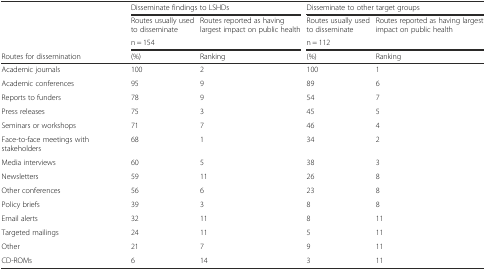
|  | <COLSPAN=2> Disseminate findings to LSHDs | <COLSPAN=2> Disseminate to other target groups |
 |  | Routes usually used to disseminate | Routes reported as having largest impact on public health | Routes usually used to disseminate | Routes reported as having largest impact on public health |
 |  | <COLSPAN=2> n = 154 | <COLSPAN=2> n = 112 |
 | Routes for dissemination | (%) | Ranking | (%) | Ranking |
 | --- | --- | --- | --- | --- |
 | Academic journals | 100 | 2 | 100 | 1 |
 | Academic conferences | 95 | 9 | 89 | 6 |
 | Reports to funders | 78 | 9 | 54 | 7 |
 | Press releases | 75 | 3 | 45 | 5 |
 | Seminars or workshops | 71 | 7 | 46 | 4 |
 | Face-to-face meetings with stakeholders | 68 | 1 | 34 | 2 |
 | Media interviews | 60 | 5 | 38 | 3 |
 | Newsletters | 59 | 11 | 26 | 8 |
 | Other conferences | 56 | 6 | 23 | 8 |
 | Policy briefs | 39 | 3 | 8 | 8 |
 | Email alerts | 32 | 11 | 8 | 11 |
 | Targeted mailings | 24 | 11 | 5 | 11 |
 | Other | 21 | 7 | 9 | 11 |
 | CD-ROMs | 6 | 14 | 3 | 11 |